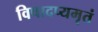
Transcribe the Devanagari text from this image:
विषादप्यमृतं